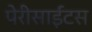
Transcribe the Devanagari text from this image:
पेरीसाईंटस